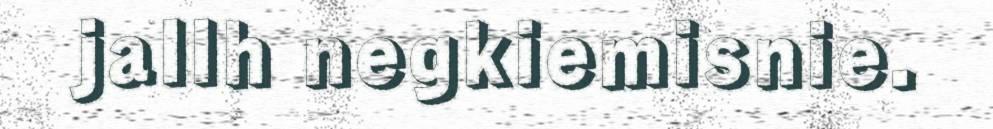
jallh negkiemisnie.